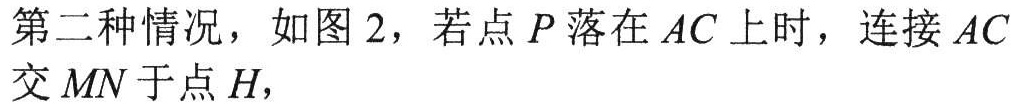
第二种情况，如图 2，若点 \(P\) 落在 \(AC\) 上时，连接 \(AC\) 交 \(MN\) 于点 \(H\)，